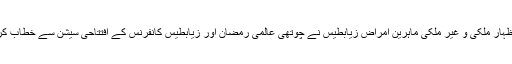
ان خیالات کا اظہار ملکی و غیر ملکی ماہرین امراض زیابطیس نے چوتھی عالمی رمضان اور زیابطیس کانفرنس کے افتتاحی سیشن سے خطاب کرتے ہوئے کیا۔